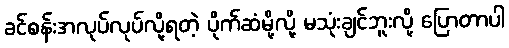
ခင်စန်းအလုပ်လုပ်လို့ရတဲ့ ပိုက်ဆံမို့လို့ မသုံးချင်ဘူးလို့ ပြောတာပါ